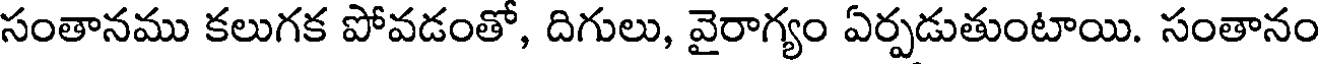
సంతానము కలుగక పోవడంతో, దిగులు, వైరాగ్యం ఏర్పడుతుంటాయి. సంతానం